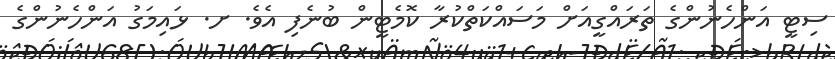
ސިޓީ އަންހެނުންގެ ތަރައްގީއަށް މަސައްކަތްކުރާ ކޮމެޓީން ބުނެފި އެވެ. ށ. ޅައިމަގު އަންހެނުންގެ